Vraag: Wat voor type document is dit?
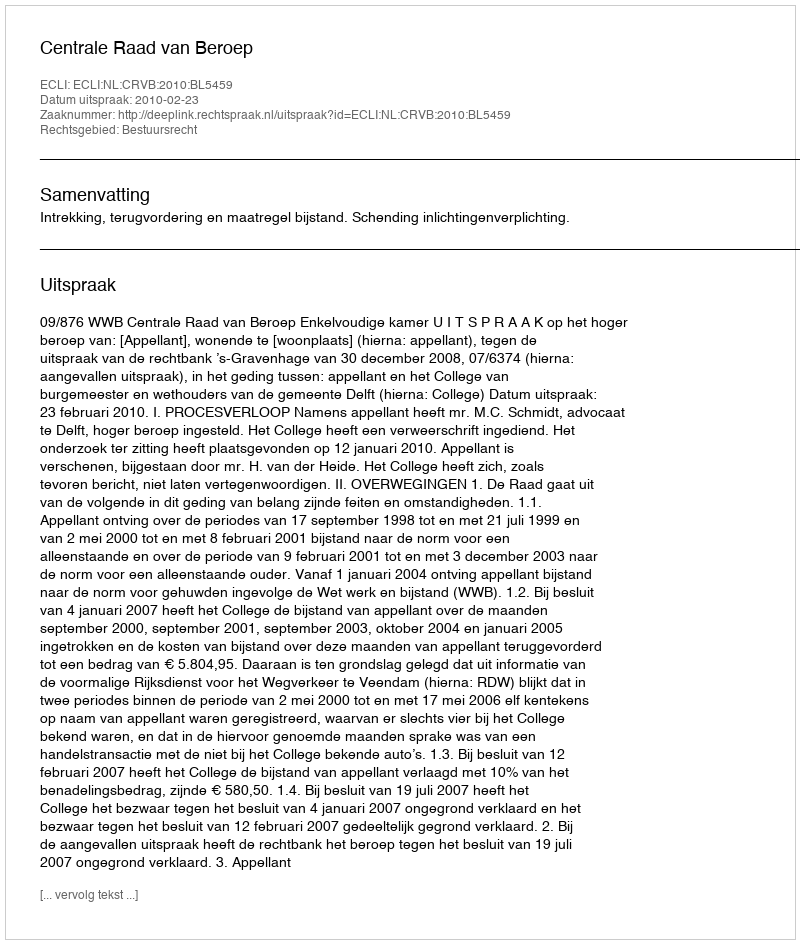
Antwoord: Uitspraak